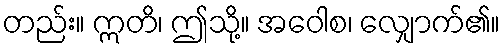
တည်း။ ဣတိ၊ ဤသို့။ အဝေါစ၊ လျှောက်၏။